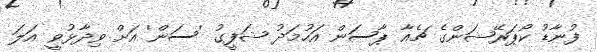
ފުނާޑު ކޯޕަރޭޝަންގެ ޗެއާ ޕާސަން އަހުމަދު ޝަފީީގު 'ސަން' އަށް ވިދާޅުވީ އަލަ